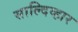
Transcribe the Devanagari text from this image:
साल्दिव्हार